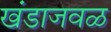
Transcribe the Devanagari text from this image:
खंडाजवळ